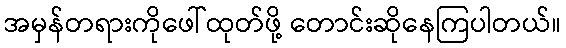
အမှန်တရားကိုဖေါ်ထုတ်ဖို့ တောင်းဆိုနေကြပါတယ်။